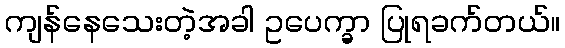
ကျန်နေသေးတဲ့အခါ ဥပေက္ခာ ပြုရခက်တယ်။